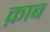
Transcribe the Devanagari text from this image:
क़ाब